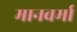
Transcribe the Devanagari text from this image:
मानवर्मा